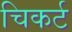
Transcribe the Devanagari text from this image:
चिकर्ट